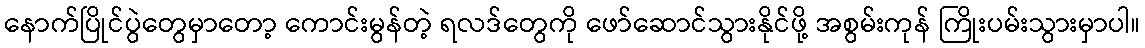
နောက်ပြိုင်ပွဲတွေမှာတော့ ကောင်းမွန်တဲ့ ရလဒ်တွေကို ဖော်ဆောင်သွားနိုင်ဖို့ အစွမ်းကုန် ကြိုးပမ်းသွားမှာပါ။